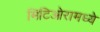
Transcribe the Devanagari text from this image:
मिटिओरामध्ये